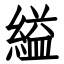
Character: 縊